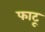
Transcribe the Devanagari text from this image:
फाटू